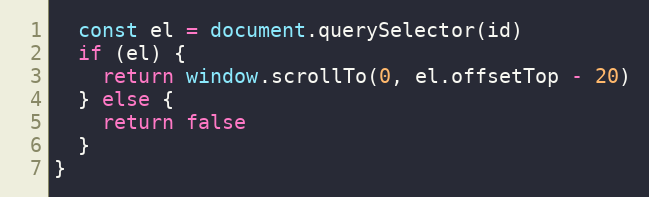
Language: JavaScript
  const el = document.querySelector(id)
  if (el) {
    return window.scrollTo(0, el.offsetTop - 20)
  } else {
    return false
  }
}